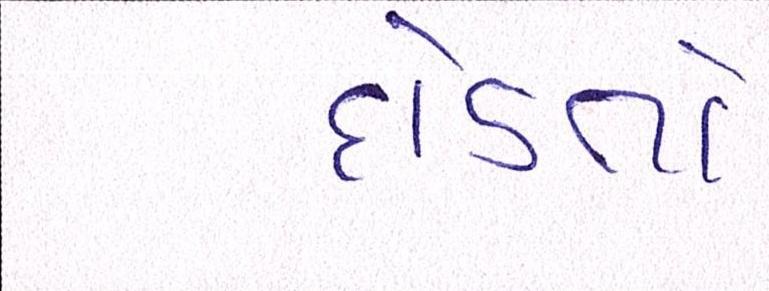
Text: દોડતો